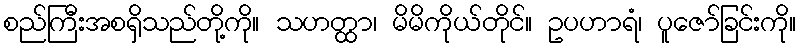
စည်ကြီးအစရှိသည်တို့ကို။ သဟတ္ထာ၊ မိမိကိုယ်တိုင်။ ဥပဟာရံ၊ ပူဇော်ခြင်းကို။